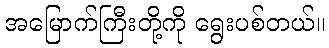
အမြောက်ကြီးတို့ကို ရွေးပစ်တယ်။